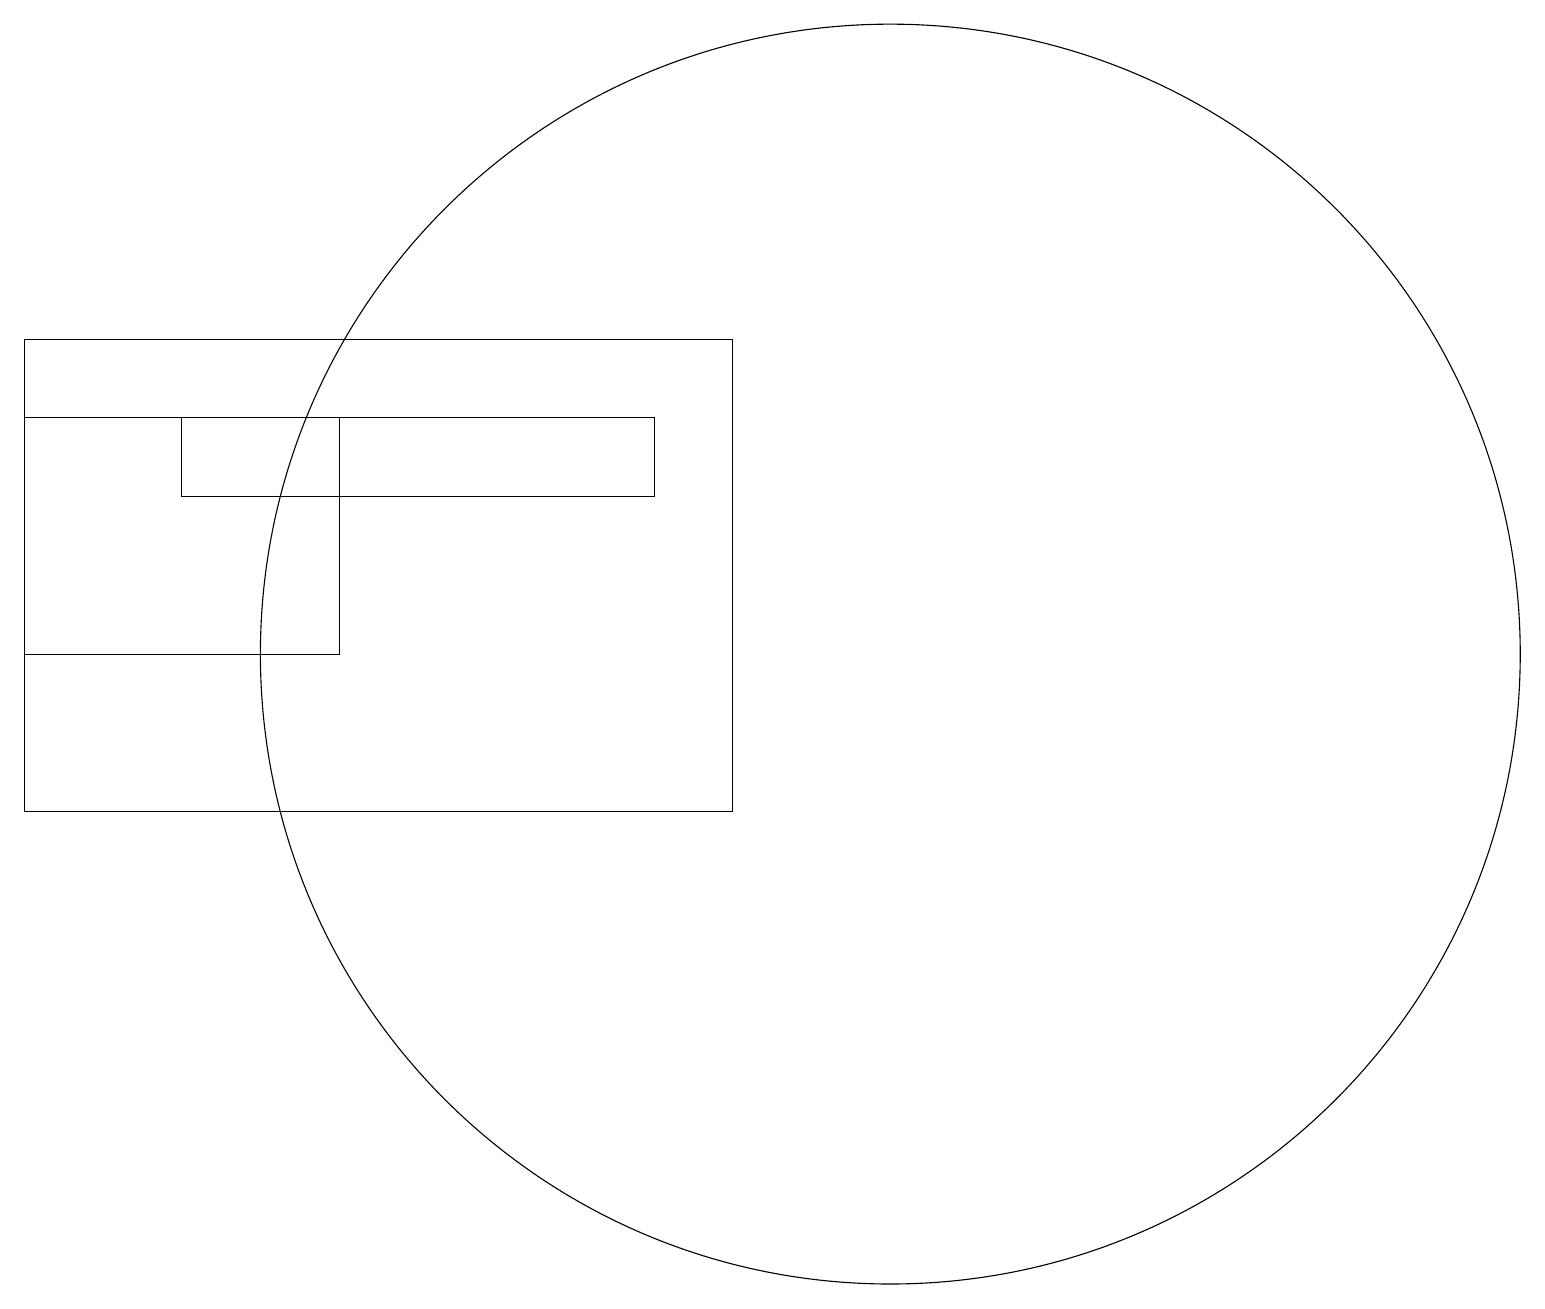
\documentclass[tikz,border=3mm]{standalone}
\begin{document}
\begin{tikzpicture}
\draw (11,12) circle (8);
\draw (0,16) rectangle (9,10);
\draw (8,15) rectangle (2,14);
\draw (0,12) rectangle (4,15);
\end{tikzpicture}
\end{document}